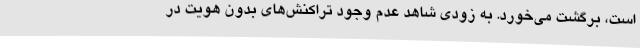
است، برگشت می‌خورد. به زودی شاهد عدم وجود تراکنش‌های بدون هویت در